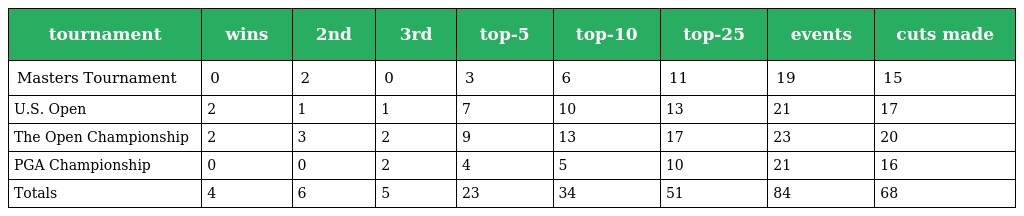
| tournament | wins | 2nd | 3rd | top-5 | top-10 | top-25 | events | cuts made |
 | --- | --- | --- | --- | --- | --- | --- | --- | --- |
 | Masters Tournament | 0 | 2 | 0 | 3 | 6 | 11 | 19 | 15 |
 | U.S. Open | 2 | 1 | 1 | 7 | 10 | 13 | 21 | 17 |
 | The Open Championship | 2 | 3 | 2 | 9 | 13 | 17 | 23 | 20 |
 | PGA Championship | 0 | 0 | 2 | 4 | 5 | 10 | 21 | 16 |
 | Totals | 4 | 6 | 5 | 23 | 34 | 51 | 84 | 68 |